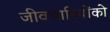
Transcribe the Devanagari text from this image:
जीवधारियोंको